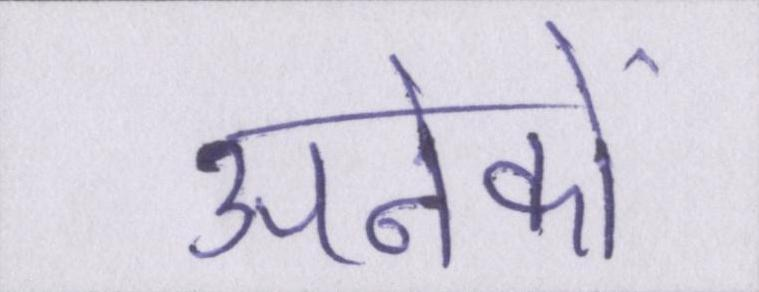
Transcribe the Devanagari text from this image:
अनेकों